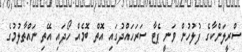
ސްރީލަންކާގެ ފުލުހުން ވަނީ ޕެޓާ ސަރަހައްދުގައި އޮތް ބޮމެއް ހޯދައި އޭތި ނައްތާލުމުގެ